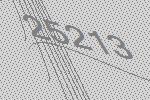
25213